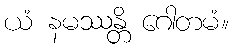
ယံ နမဿန္တိ ဂေါတမံ။